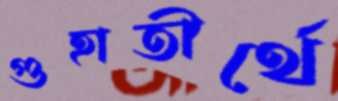
গুহাতীর্থে